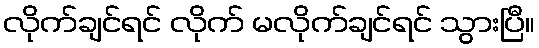
လိုက်ချင်ရင် လိုက် မလိုက်ချင်ရင် သွားပြီ။